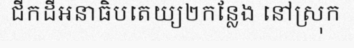
ជីកដីអនាធិបតេយ្យ២កន្លែង នៅស្រុក